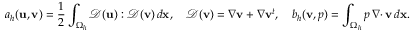
a _ { h } ( { \mathbf u } , { \mathbf v } ) = \frac 1 2 \int _ { \Omega _ { h } } { \mathcal { D } } ( { \mathbf u } ) : { \mathcal { D } } ( { \mathbf v } ) \, d { \mathbf x } , \quad { \mathcal { D } } ( { \mathbf v } ) = \nabla { \mathbf v } + \nabla { \mathbf v } ^ { t } , \quad b _ { h } ( { \mathbf v } , p ) = \int _ { \Omega _ { h } } p \, { { \nabla \cdot } \, } { \mathbf v } \, d { \mathbf x } .